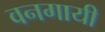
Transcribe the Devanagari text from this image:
वनगायी